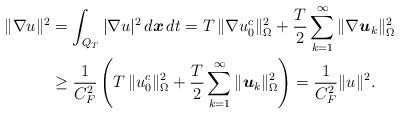
LaTeX: \begin{align*} \begin{aligned} \|\nabla u\| ^2 &= \int_{Q_T} |\nabla u|^2 \, d\boldsymbol{x}\,dt = T \, \|\nabla u_0^c\|_{\Omega}^2 + \frac{T}{2} \sum_{k=1}^\infty \|\nabla \boldsymbol{u}_k\|_{\Omega}^2 \\ &\geq \frac{1}{C_F^2} \left(T \, \|u_0^c\|_{\Omega}^2 + \frac{T}{2} \sum_{k=1}^\infty \|\boldsymbol{u}_k\|_{\Omega}^2 \right) = \frac{1}{C_F^2} \|u\| ^2. \end{aligned}\end{align*}